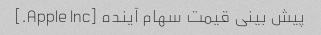
پیش بینی قیمت سهام آینده [Apple Inc.]